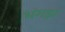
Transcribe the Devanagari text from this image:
भंगड़ा